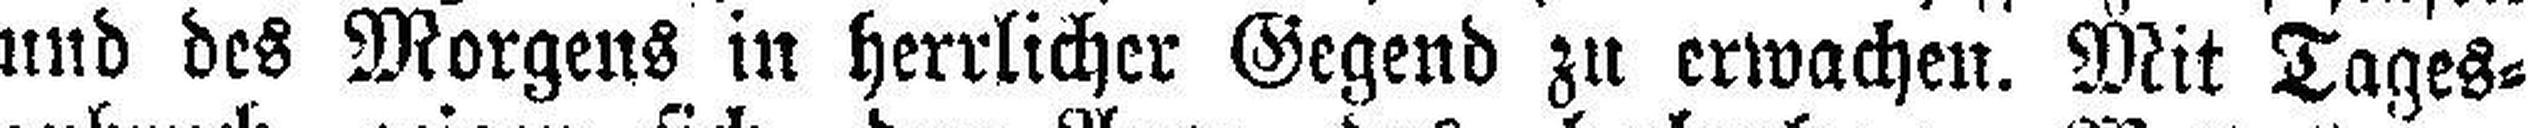
und des Morgens in herrlicher Gegend zu erwachen. Mit Tages¬